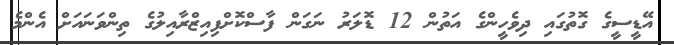
އޭޑީސީގެ ގޮތުގައި ދިވެހީންގެ އަތުން 12 ޑޮލަރު ނަގަން ފާސްކޮށްފިއިޒްރާއިލުގެ ތިންވަނައަށް އެންމެ